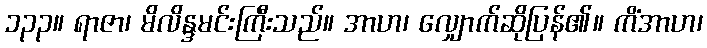
၁၃၃။ ရာဇာ၊ မိလိန္ဒမင်းကြီးသည်။ အာဟ၊ လျှောက်ဆိုပြန်၏။ ကိံအာဟ၊